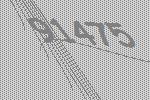
91475